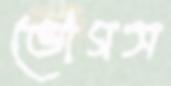
ভোগস